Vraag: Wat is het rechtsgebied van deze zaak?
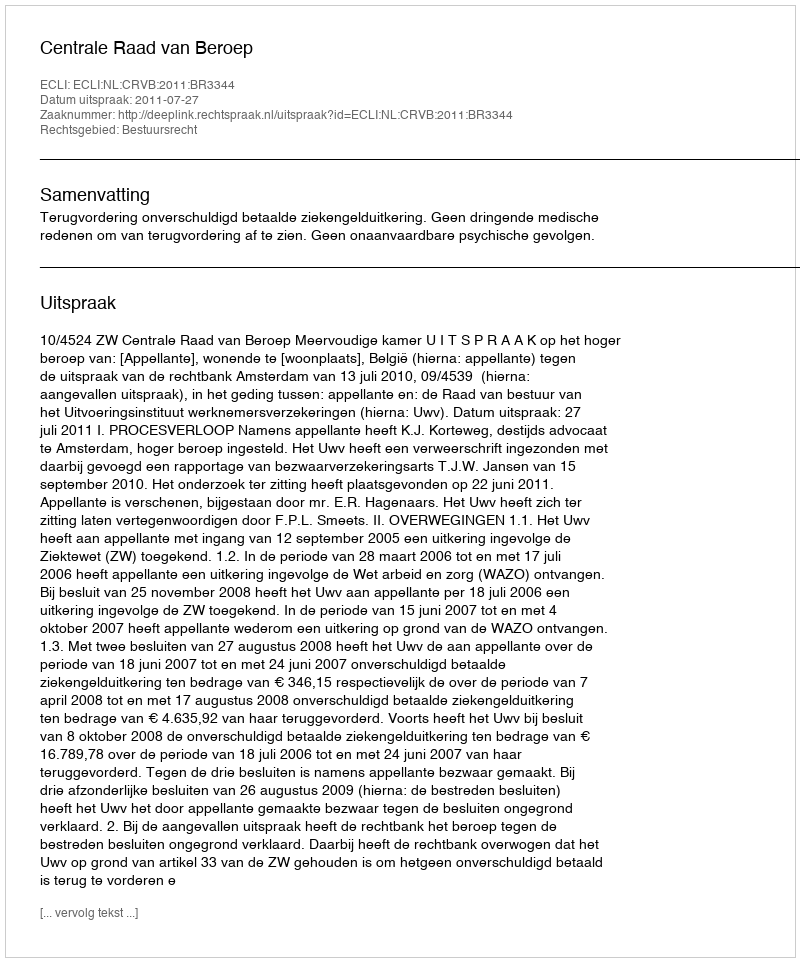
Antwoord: Bestuursrecht